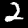
Label: 2